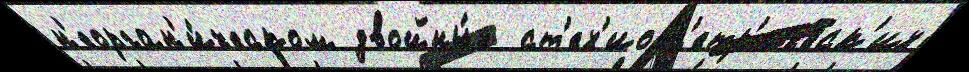
н'еорган'и́ческом двойны́х  ст'ех'иом'етр'ическ'их